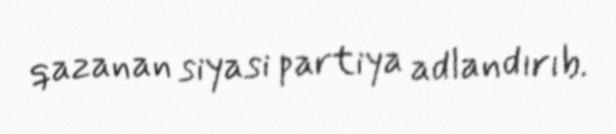
qazanan siyasi partiya adlandırıb.